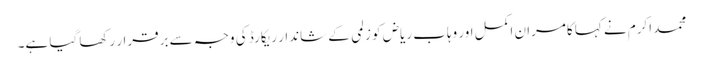
محمد اکرم نے کہا کامران اکمل اور وہاب ریاض کو زلمی کے شاندار ریکارڈ کی وجہ سے برقرار رکھا گیا ہے۔